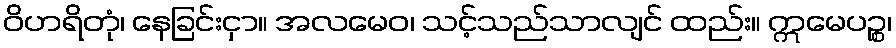
ဝိဟရိတုံ၊ နေခြင်းငှာ။ အလမေဝ၊ သင့်သည်သာလျင် ထည်း။ ဣမေပဉ္စ၊